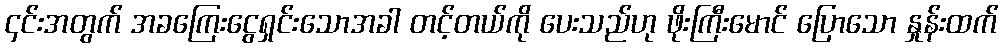
၄င်းအတွက် အခကြေးငွေရှင်းသောအခါ တင့်တယ်ကို ပေးသည်ဟု ဖိုးကြီးမောင် ပြောသော နှုန်းထက်